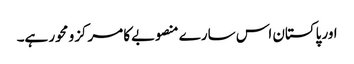
اور پاکستان اس سارے منصوبےکا مرکزو محور ہے۔